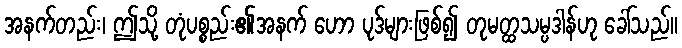
အနက်တည်း၊ ဤသို့ တုံပစ္စည်း၏အနက် ဟော ပုဒ်များဖြစ်၍ တုမတ္ထသမ္ပဒါန်ဟု ခေါ်သည်။